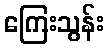
ကြေးသွန်း